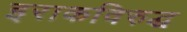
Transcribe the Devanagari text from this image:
इराकविरुद्ध